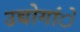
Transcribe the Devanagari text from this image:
उद्योगांे